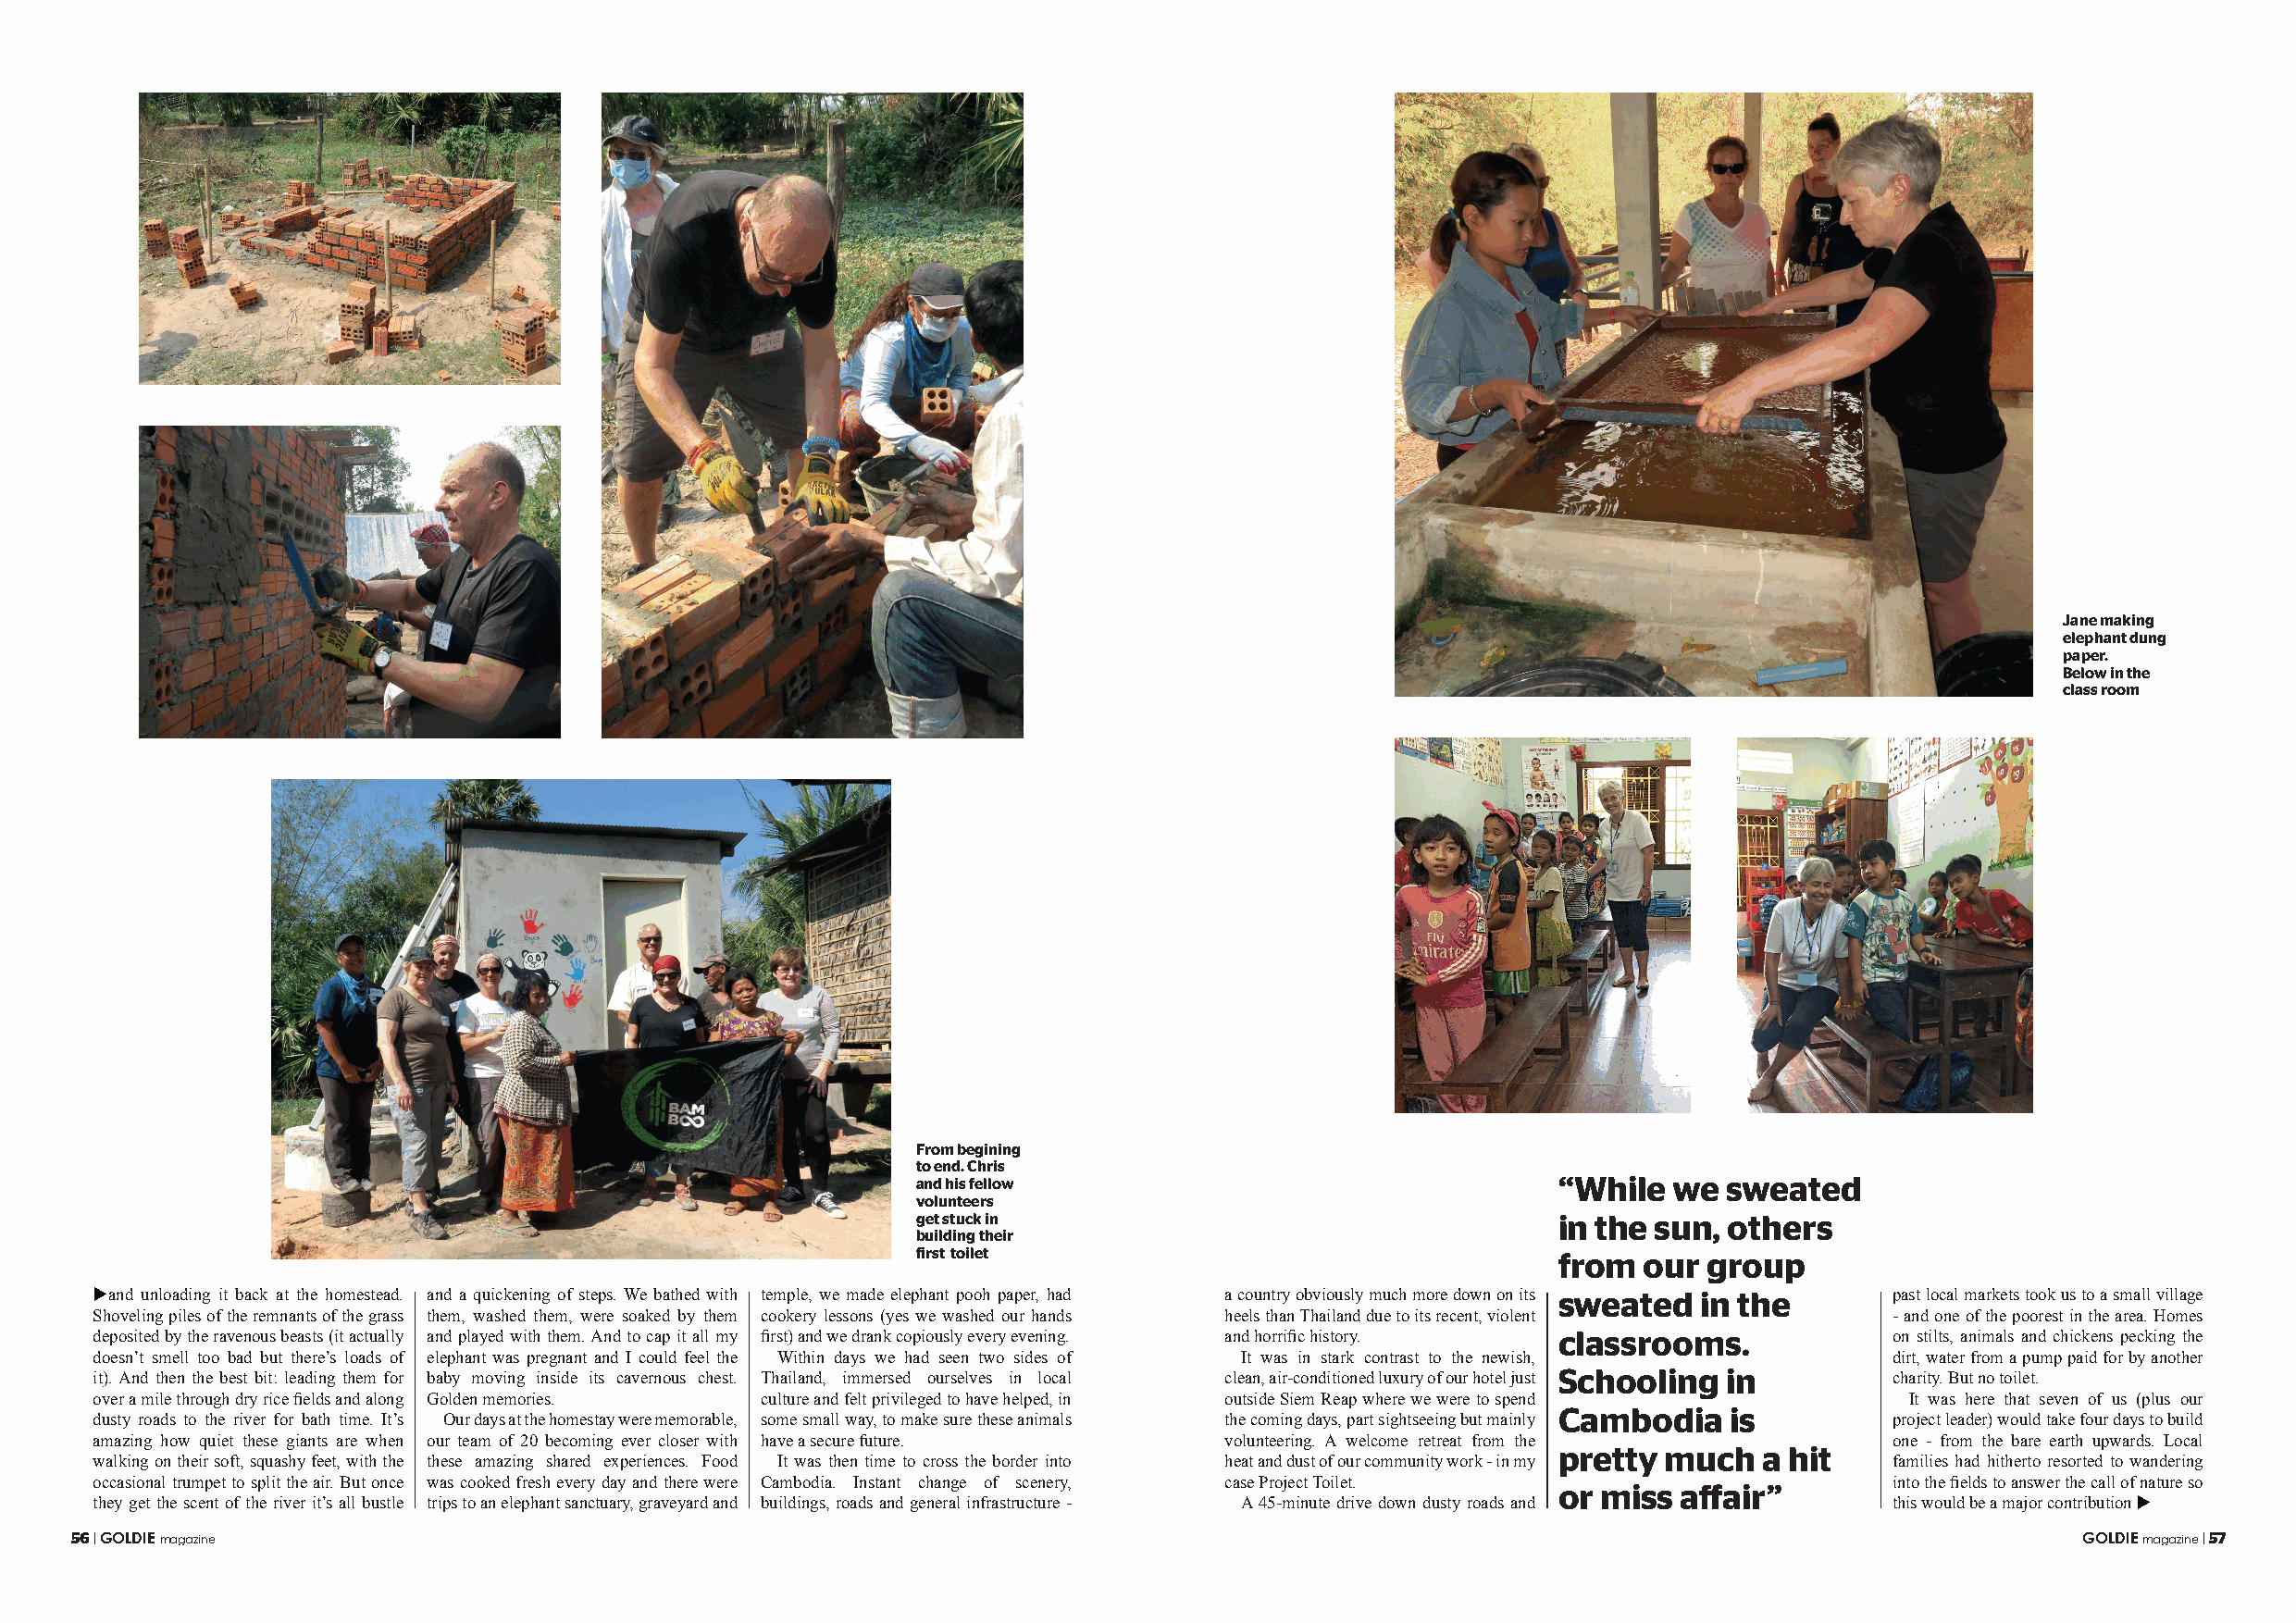
Jane making
 elephant dung
 paper.
 Below in the
 class room
 From begining
 to end. Chris
 and his fellow                               “While   we  sweated
 volunteers
 get stuck in                                 in the sun,  others
 building their
 first toilet                                 from   our group
 uand unloading it back at the homestead. and a quickening of steps. We bathed with temple, we made elephant pooh paper, had a country obviously much more down on its sweated in the past local markets took us to a small village
 Shoveling piles of the remnants of the grass them, washed them, were soaked by them cookery lessons (yes we washed our hands heels than Thailand due to its recent, violent - and one of the poorest in the area. Homes
 deposited by the ravenous beasts (it actually and played with them. And to cap it all my first) and we drank copiously every evening. and horrific history. classrooms. on stilts, animals and chickens pecking the
 doesn’t smell too bad but there’s loads of elephant was pregnant and I could feel the Within days we had seen two sides of It was in stark contrast to the newish, dirt, water from a pump paid for by another
 it). And then the best bit: leading them for baby moving inside its cavernous chest. Thailand, immersed ourselves in local clean, air-conditioned luxury of our hotel just Schooling in charity. But no toilet.
 over a mile through dry rice fields and along Golden memories. culture and felt privileged to have helped, in outside Siem Reap where we were to spend It was here that seven of us (plus our
 Cambodia     is
 dusty roads to the river for bath time. It’s Our days at the homestay were memorable, some small way, to make sure these animals the coming days, part sightseeing but mainly project leader) would take four days to build
 amazing how quiet these giants are when our team of 20 becoming ever closer with have a secure future. volunteering. A welcome retreat from the one - from the bare earth upwards. Local
 pretty  much   a hit
 walking on their soft, squashy feet, with the these amazing shared experiences. Food It was then time to cross the border into heat and dust of our community work - in my families had hitherto resorted to wandering
 occasional trumpet to split the air. But once was cooked fresh every day and there were Cambodia. Instant change of scenery, case Project Toilet. into the fields to answer the call of nature so
 or miss  affair”
 they get the scent of the river it’s all bustle trips to an elephant sanctuary, graveyard and buildings, roads and general infrastructure - A 45-minute drive down dusty roads and this would be a major contribution u
 56 | GOLDIE magazine                                                                                                                            GOLDIE magazine | 57